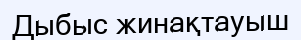
Дыбыс жинақтауыш